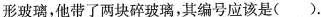
形玻璃，他带了两块碎玻璃，其编号应该是( )。